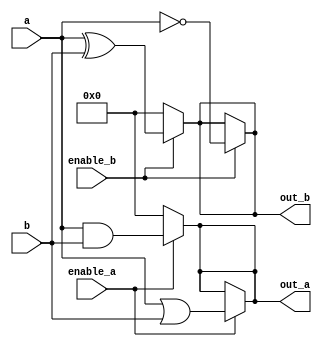
module adjacency_group (
    input wire [3:0] a,          // Group A inputs
    input wire [3:0] b,          // Group B inputs
    input wire enable_a,         // Enable signal for Group A
    input wire enable_b,         // Enable signal for Group B
    output wire [3:0] out_a,     // Output for Group A
    output wire [3:0] out_b      // Output for Group B
);

// Group A: AND and OR operations
assign out_a = enable_a ? (a & b) : 4'b0000; // AND operation if enabled
assign out_a = enable_a ? (a | b) : out_a;   // OR operation if enabled

// Group B: XOR and NOT operations
assign out_b = enable_b ? (a ^ b) : 4'b0000; // XOR operation if enabled
assign out_b = enable_b ? (~a) : out_b;       // NOT operation if enabled

endmodule